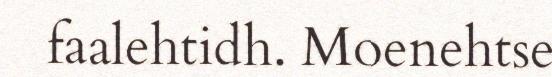
faalehtidh. Moenehtse